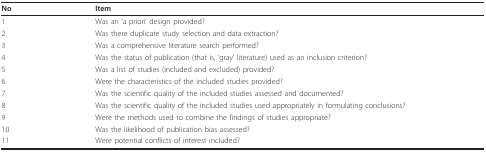
<table><thead><tr><td><b>No</b></td><td><b>Item</b></td></tr></thead><tbody><tr><td>1</td><td>Was an &#x27;a priori&#x27; design provided?</td></tr><tr><td>2</td><td>Was there duplicate study selection and data extraction?</td></tr><tr><td>3</td><td>Was a comprehensive literature search performed?</td></tr><tr><td>4</td><td>Was the status of publication (that is, &#x27;gray&#x27; literature) used as an inclusion criterion?</td></tr><tr><td>5</td><td>Was a list of studies (included and excluded) provided?</td></tr><tr><td>6</td><td>Were the characteristics of the included studies provided?</td></tr><tr><td>7</td><td>Was the scientific quality of the included studies assessed and documented?</td></tr><tr><td>8</td><td>Was the scientific quality of the included studies used appropriately in formulating conclusions?</td></tr><tr><td>9</td><td>Were the methods used to combine the findings of studies appropriate?</td></tr><tr><td>10</td><td>Was the likelihood of publication bias assessed?</td></tr><tr><td>11</td><td>Were potential conflicts of interest included?</td></tr></tbody></table>